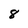
Character: 8